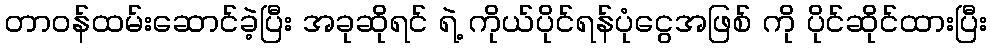
တာဝန်ထမ်းဆောင်ခဲ့ပြီး အခုဆိုရင် ရဲ့ ကိုယ်ပိုင်ရန်ပုံငွေအဖြစ် ကို ပိုင်ဆိုင်ထားပြီး